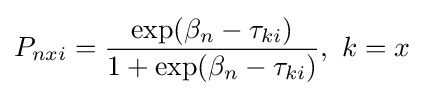
P_{nxi}={\frac {\exp({\beta _{n}}-{\tau _{ki}})}{1+\exp({\beta _{n}}-{\tau _{ki}})}},\ k=x